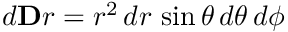
d \mathbf Ḋ r Ḍ = r ^ { 2 } \, d r \, \sin \theta \, d \theta \, d \phi